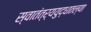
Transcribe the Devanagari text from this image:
स्वातंत्र्ययुद्धातल्या